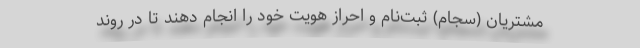
مشتریان (سجام) ثبت‌نام و احراز هویت خود را انجام دهند تا در روند